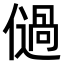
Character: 𠏀